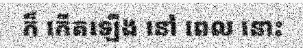
ក៏ កើតឡើង នៅ ពេល នោះ